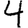
Digit: 4